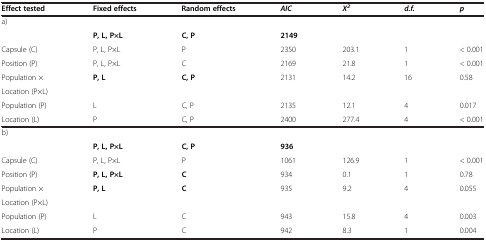
| Effect tested | Fixed effects | Random effects | AIC | X2 | d.f. | p |
 | --- | --- | --- | --- | --- | --- | --- |
 | a) |  |  |  |  |  |  |
 |  | P, L, P×L | C, P | 2149 |  |  |  |
 | Capsule (C) | P, L, P×L | P | 2350 | 203.1 | 1 | < 0.001 |
 | Position (P) | P, L, P×L | C | 2169 | 21.8 | 1 | < 0.001 |
 | Population × | P, L | C, P | 2131 | 14.2 | 16 | 0.58 |
 | Location (P×L) |  |  |  |  |  |  |
 | Population (P) | L | C, P | 2135 | 12.1 | 4 | 0.017 |
 | Location (L) | P | C, P | 2400 | 277.4 | 4 | < 0.001 |
 | b) |  |  |  |  |  |  |
 |  | P, L, P×L | C, P | 936 |  |  |  |
 | Capsule (C) | P, L, P×L | P | 1061 | 126.9 | 1 | < 0.001 |
 | Position (P) | P, L, P×L | C | 934 | 0.1 | 1 | 0.78 |
 | Population × | P, L | C | 935 | 9.2 | 4 | 0.055 |
 | Location (P×L) |  |  |  |  |  |  |
 | Population (P) | L | C | 943 | 15.8 | 4 | 0.003 |
 | Location (L) | P | C | 942 | 8.3 | 1 | 0.004 |